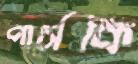
পার্সকি